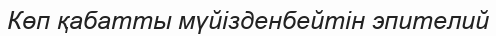
Көп қабатты мүйізденбейтін эпителий